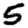
Digit: 5